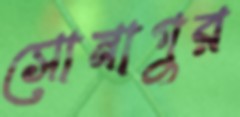
সোনাপুর